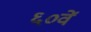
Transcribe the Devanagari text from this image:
६०वें